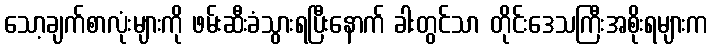
သော့ချက်စာလုံးများကို ဖမ်းဆီးခံသွားရပြီးနောက် ခါးတွင်သာ တိုင်းဒေသကြီးအစိုးရများက